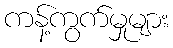
ကန့်ကွက်မှုများ